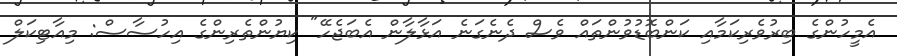
އެމީހުންގެ ބިރުވެރިކަމާއި ކަންބޮޑުވުންތައް ވެސް ދެނެގަނެ އަޅާލާން އެބަޖެހޭ" ކިޔުންތެރިންގެ އިހުސާސް: މިއާޓިކަލް